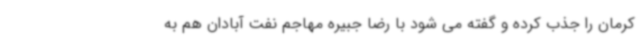
کرمان را جذب کرده و گفته می شود با رضا جبیره مهاجم نفت آبادان هم به